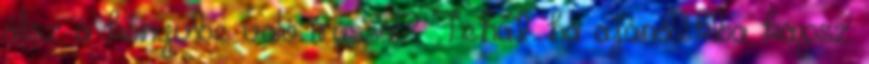
állsz a könyvbe való írással? Tehát ha ajándékba kapsz